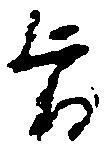
旨